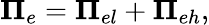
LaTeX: {\mathbf\Pi}_{e}={\mathbf\Pi}_{el}+{\mathbf\Pi}_{eh},